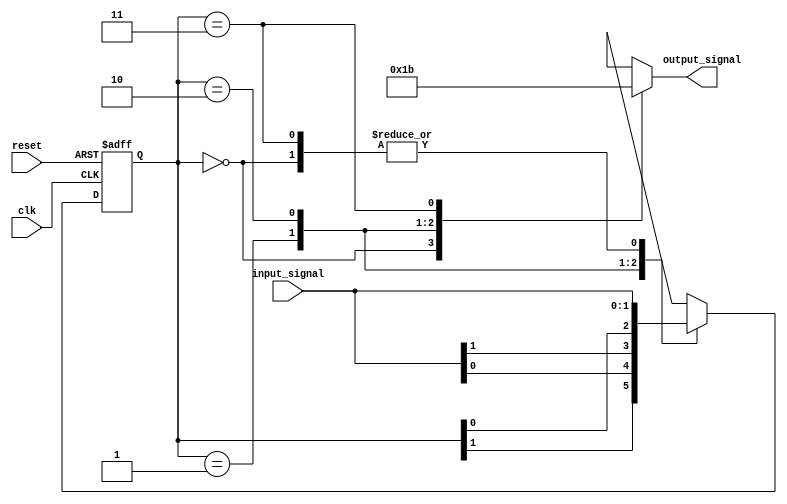
module fsm (
    input wire clk,
    input wire reset,
    input wire [1:0] input_signal,
    output reg [1:0] output_signal
);

// State encoding
parameter STATE_A = 2'b00;
parameter STATE_B = 2'b01;
parameter STATE_C = 2'b10;
parameter STATE_D = 2'b11;

// State registers
reg [1:0] current_state;
reg [1:0] next_state;

// Output logic
always @(*) begin
    case (current_state)
        STATE_A: output_signal = 2'b00;
        STATE_B: output_signal = 2'b01;
        STATE_C: output_signal = 2'b10;
        STATE_D: output_signal = 2'b11;
    endcase
end

// Next state logic
always @(*) begin
    case (current_state)
        STATE_A: next_state = input_signal;
        STATE_B: next_state = {current_state[1], input_signal[0]};
        STATE_C: next_state = {input_signal[1], current_state[0]};
        STATE_D: next_state = {input_signal[1], input_signal[0]};
    endcase
end

// Sequential logic
always @(posedge clk, posedge reset) begin
    if (reset)
        current_state <= STATE_A;
    else
        current_state <= next_state;
end

endmodule